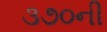
૩૭૦ની